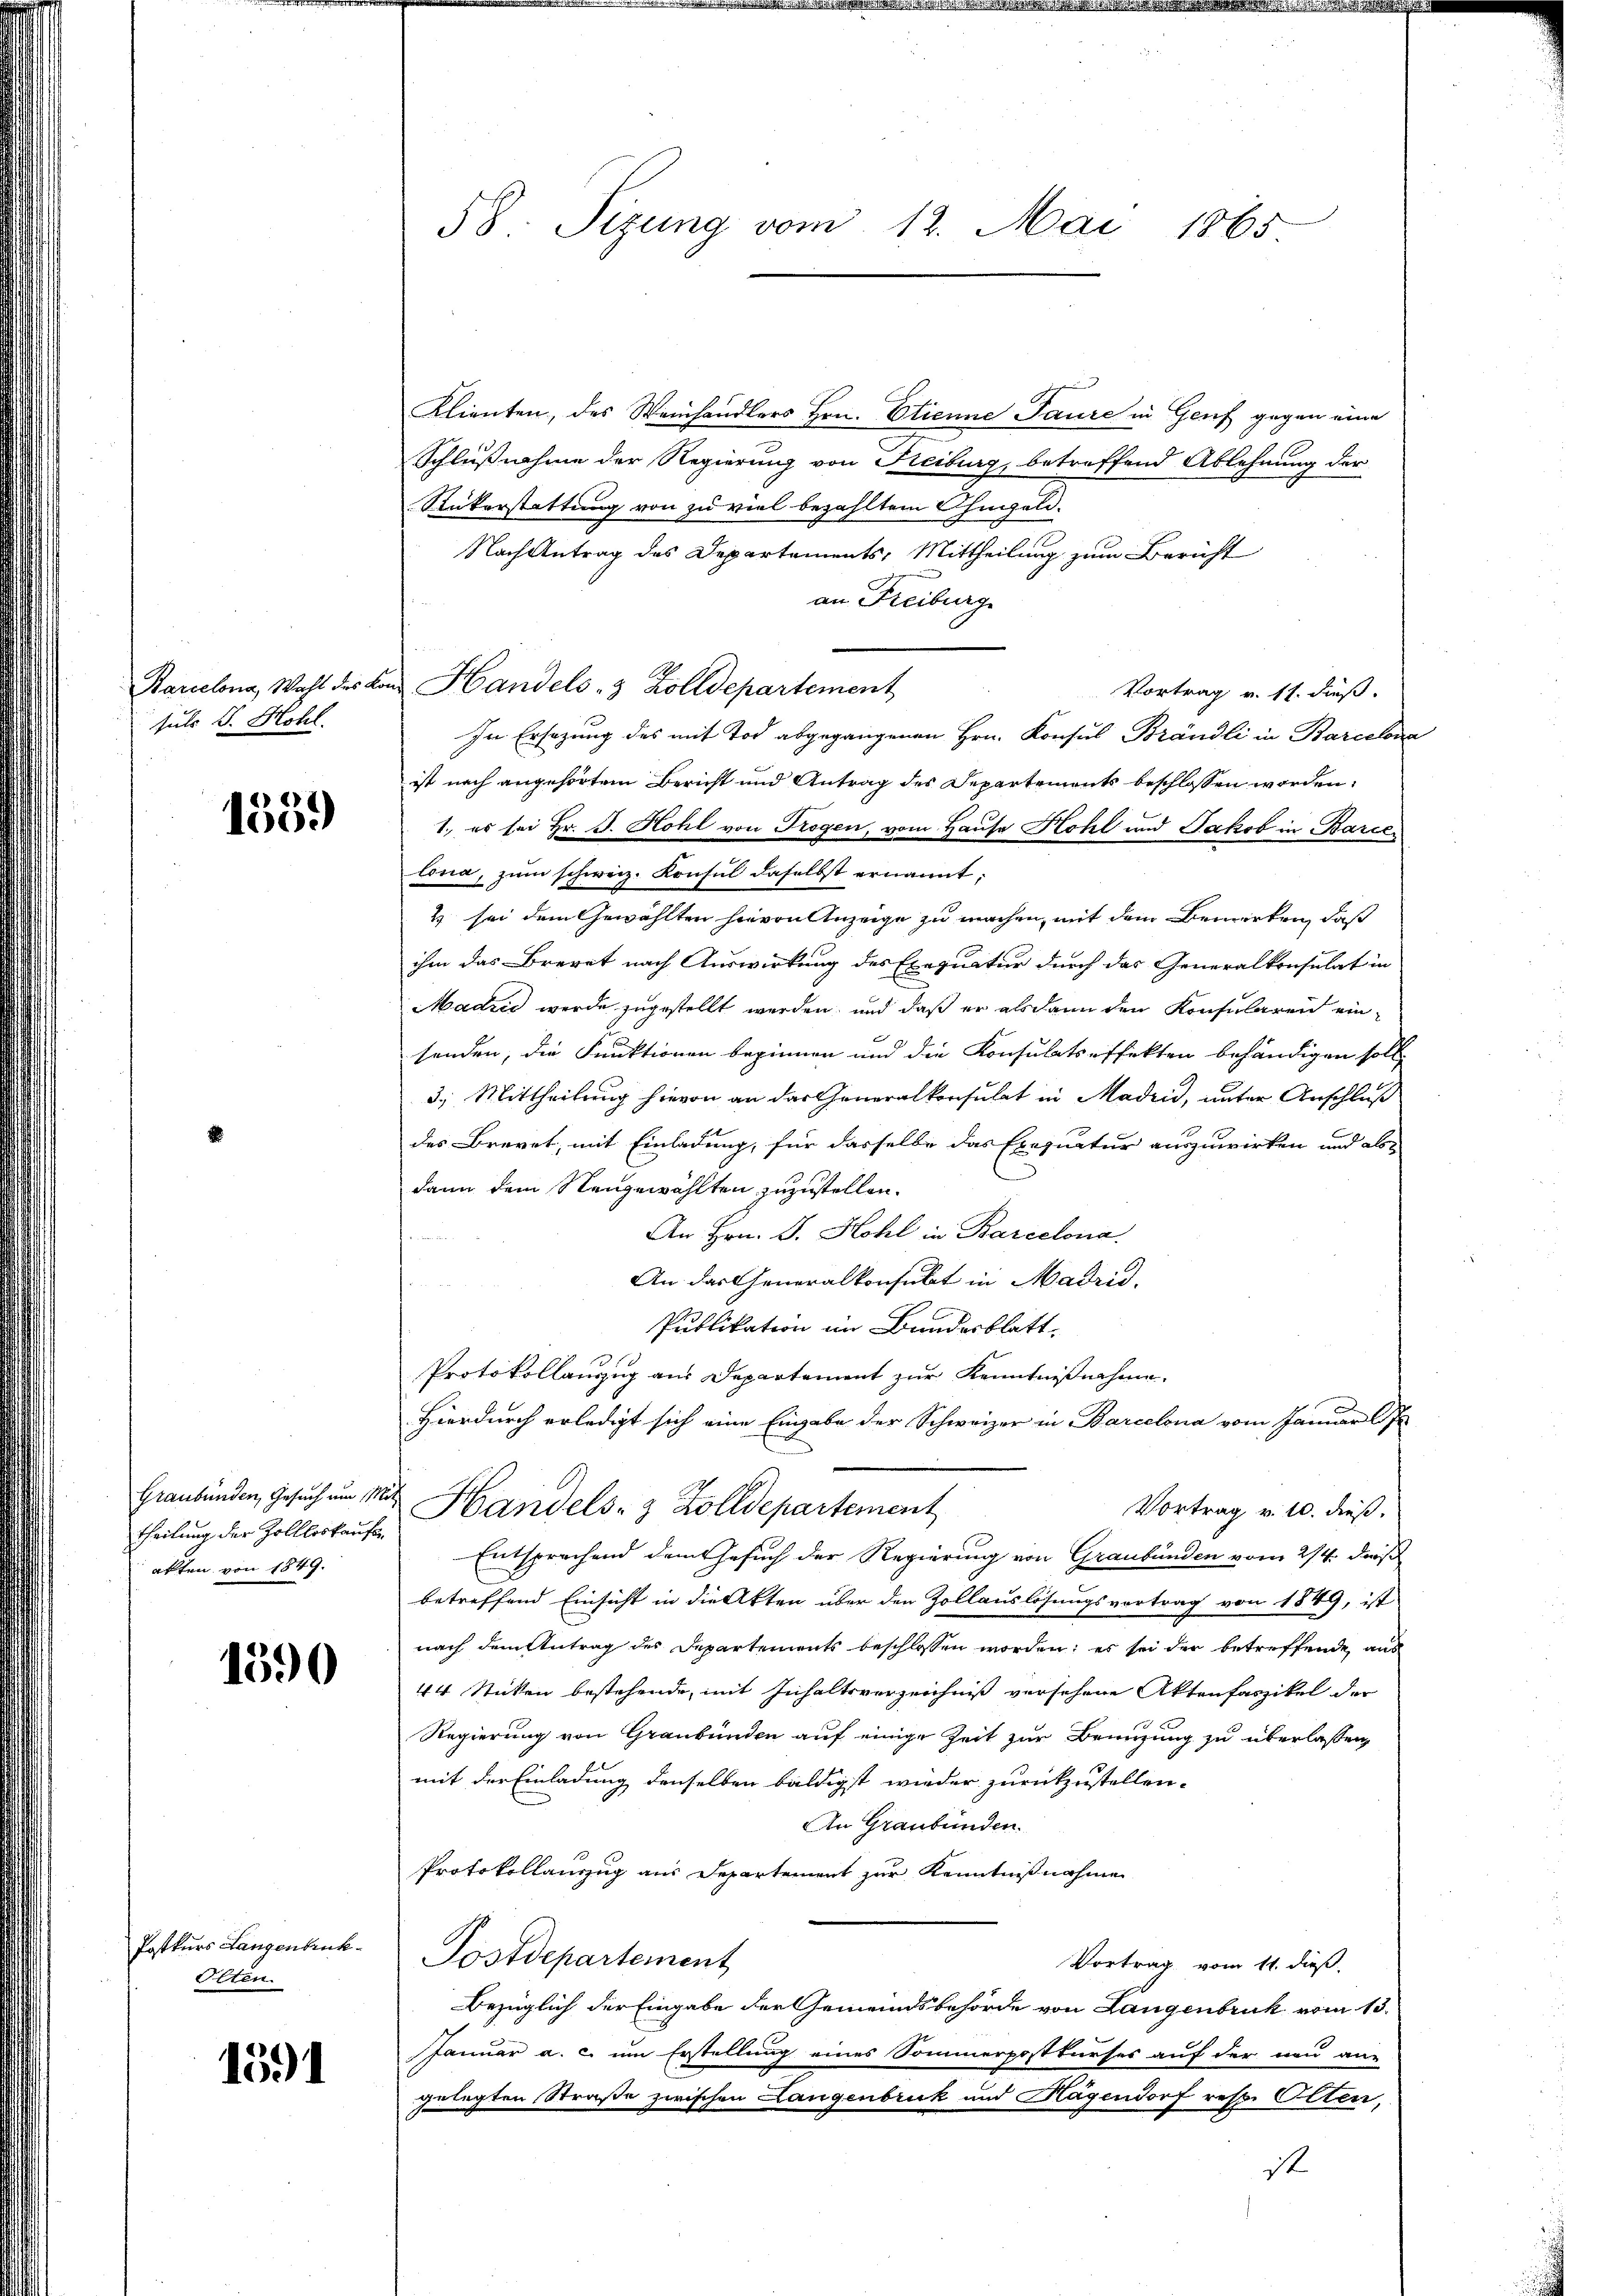
Barcelona, Wahl des K.
suls J. Hohl.

1359

Graubünden, Gesuch um 1.
theilung der Zollloskaufe
aften von 1849.

1590

Postkurs Langenbruck
Otten.

1591

58. Sizung vom 12. Mai 1865

an Handels- & Zolldepartement

Klienten, des Weinhandlers Hrn. Etienne Paure in Genf gegen eine
Schlußnahme der Regierung von Freiburg, betreffend Ablehnung der
Rükerstattung von zu viel bezahltem Chingeld.
Nach Antrag des Departements, Mittheilung zum Bericht
an Freiburg
Vortrag v. 11. dieß.
In Ersezung des mit Tod abgegangenen Hrn. Konsus Brändli in Barcelona
ist nach angehörtem Bericht und Antrag des Departements beschlossen worden.
1. es sei Hr. J. Hohl von Trogen, vom Hause Hohl und Jakob in Barce
lona, zum schweiz. Konsul daselbst ernannt:
2 sei dem Gewählten hievon Anzeige zu machen, mit dem Bemerken, daß
ihm das Brevet nach Auswirkung des Exequatur durch das Generalkonsulat in
Madrid werde zugestellt werden, und daß er alsdann den Konsularen ein-
senden, die Funktionen beginnen und die Konsulatseffekten behändigen soll,
3.) Mittheilung hievon an der Generalkonsulat in Madrid, unter Anschluß
des Brevet, mit Einladung, für dasselbe das Exequatur auszuwirken und als
dann dem Neugewählten zuzustellen.
An Hrn. J. Hohl in Barcelona
An das Generalkonsulat in Madrid.
Publikation im Bundesblatt
Protokollanzug aus Departement zur Kenntnißnahme.
Hierdurch erledigt sich eine Eingabe der Schweizer in Barcelona vom Jamar Of
Handels- & Zolldepartement
Vortrag v. 10. dieß.
Entsprechend dem Gesuch der Regierung von Graubünden vom 24. dieß
betreffend Einsicht in die Akten über den Zollauslösungsvortrag von 1849, ist
nach dem Antrag des Departements beschlossen worden: es sei der betreffende aus
44 Sticken bestehende, mit Inhaltsverzeichniß versehene Aktenfaszikel der
Regierung von Graubünden auf einige Zeit zur Brüngung zu überlassen
mit der Einladung denselben baldigst wieder zurückzustellen.
An Graubünden.
Protokollauszug aus Departement zur Kenntnißnahme
Postdepartement
Vortrag vom 11. dieß.
bezüglich der Eingabe der Gemeindsbehörde von Langenbruck vom 13.
Januar a. c. um Erstellung eines Sommerpostkurses auf der neu an-
gelegten Straße zwischen Langenbruck und Hagendorf resp. Olten,
ist.